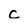
Character: c